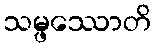
သမ္ဖဿောတိ